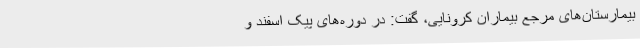
بیمارستان‌های مرجع بیماران کرونایی، گفت: در دوره‌های پیک اسفند و